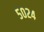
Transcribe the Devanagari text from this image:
५०२४